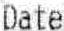
DATE